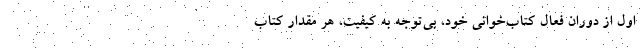
اول از دوران فعال کتاب‌خوانی خود، بی‌توجه به کیفیت، هر مقدار کتاب